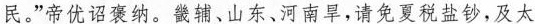
民，”帝优诏褒纳。畿辅、山东、河南旱，请免夏税盐钞，及太